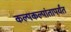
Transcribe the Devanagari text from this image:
कल्पकल्पांतापर्यंत